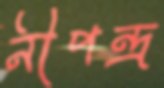
নীপন্দ্র